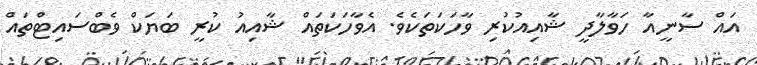
އައް ސާނީއާ ހަވާލާދީ ޝާއިއުކުރި ވާހަކަތަކެވެ. އެވާހަކަތައް ޝާއިއު ކުރީ ބަޔަކް ވެބްސައިޓްތައް